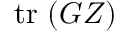
\mathrm { t r } \ ( G Z )